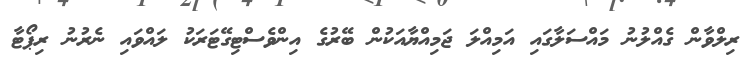
ރިލްވާން ގެއްލުނު މައްސަލާގައި އަމިއްލަ ޖަމިއްޔާއަކުން ބޭރުގެ އިންވެސްޓިގޭޓަރަކު ލައްވައި ނެރުނު ރިޕޯޓާ